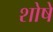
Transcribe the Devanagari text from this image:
शोषे